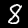
Digit: 8